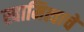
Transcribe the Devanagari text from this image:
स्वामित्वाचे